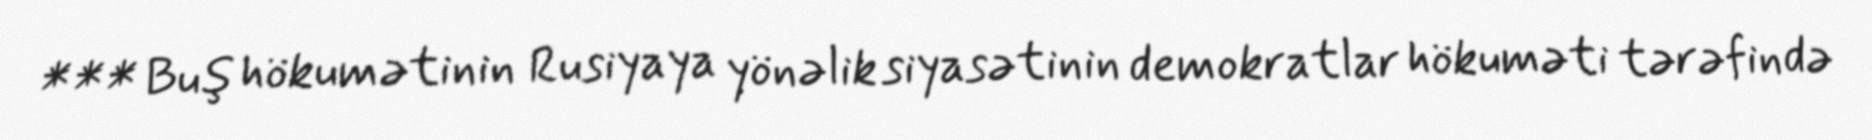
*** Buş hökumətinin Rusiyaya yönəlik siyasətinin demokratlar hökuməti tərəfində